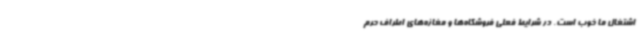
اشتغال ما خوب است. در شرایط فعلی فروشگاه‌ها و مغازه‌های اطراف حرم